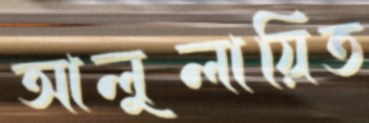
আলুলায়িত